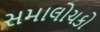
સમાલોચકો